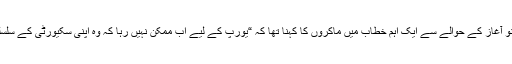
اپنے سفارتی ایجنڈے کے از سرِ نو آغاز کے حوالے سے ایک اہم خطاب میں ماکروں کا کہنا تھا کہ “یورپ کے لیے اب ممکن نہیں رہا کہ وہ اپنی سکیورٹی کے سلسلے میں امریکا پر انحصار کرے۔